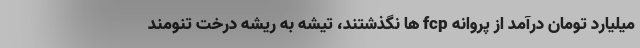
میلیارد تومان درآمد از پروانه fcp ها نگذشتند، تیشه به ریشه درخت تنومند